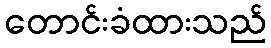
တောင်းခံထားသည်